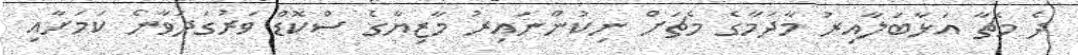
ދެ މެޗާ އަޅާބަލާއިރު މާދަމާގެ މެޗަށް ނިކުންނައިރު މާޒިޔާގެ ސްކޮޑް ވަރުގަދަވާނެ ކަމަށާއި